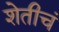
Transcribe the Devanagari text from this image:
शेतीचं